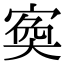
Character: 寏